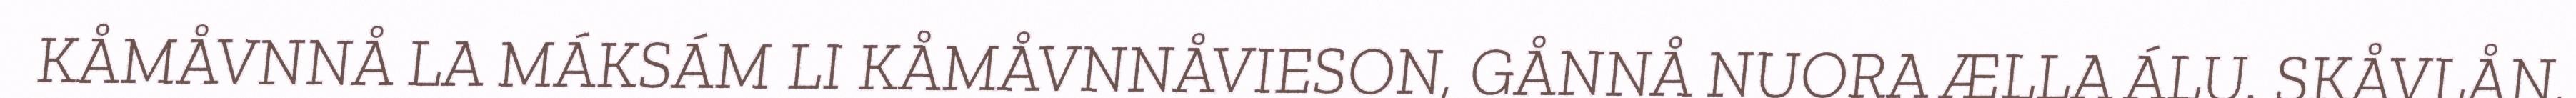
KÅMÅVNNÅ LA MÁKSÁM LI KÅMÅVNNÅVIESON, GÅNNÅ NUORA ÆLLA ÁLU. SKÅVLÅN,